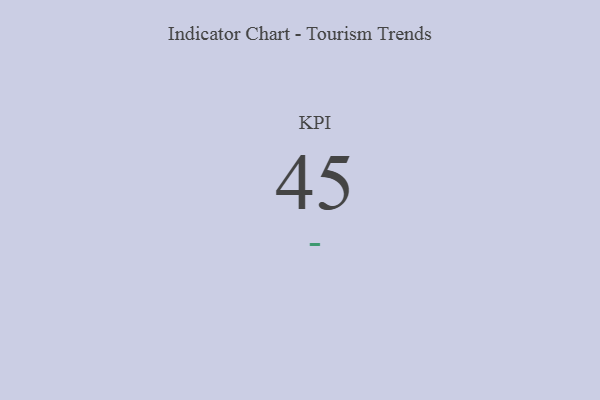
{"axis": {"x": "KPI", "y": "Value"}, "legend": [""], "data": [{"x": "KPI", "y": 45, "type": ""}]}